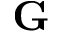
\textbf { G }